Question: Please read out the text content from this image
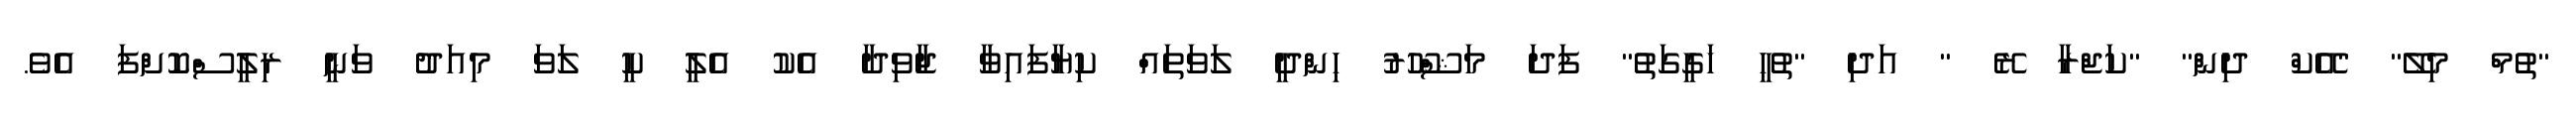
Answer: "ތުމް މިލޭ" "އޭކް ދިން" "ކަޖްރާ ރޭ " އަދި "ތުހީ ހަގީގަތު" ފަދަ މަޝްހޫރު ހިންދީ ލަވަތައް ކިޔާފައިވާ ޖާވިދާ އެކު އެލީ ކީ ލަވަ މިއަދު ވަނީ ރިލީސްކޮށްފަ އެވެ.